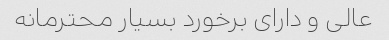
عالی و دارای برخورد بسیار محترمانه